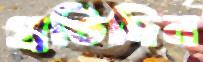
প্রতিদিন